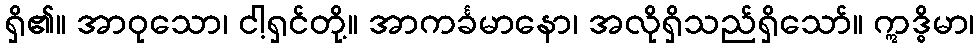
ရှိ၏။ အာဝုသော၊ ငါ့ရှင်တို့။ အာကင်္ခမာနော၊ အလိုရှိသည်ရှိသော်။ ဣဒ္ဓိမာ၊